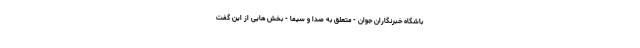
باشگاه خبرنگاران جوان - متعلق به صدا و سیما - بخش هایی از این گفت